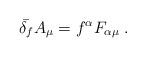
LaTeX: \begin{align*}\bar{\delta_f} A_\mu = f^{\alpha} F_{\alpha\mu} \;.\end{align*}